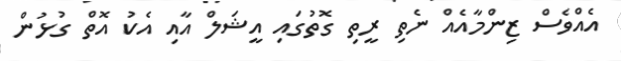
އެއްވެސް ޒިންމާއެއް ނެތި ރީތި ގޮތުގައި އީޝަލް އާއި އެކު އޮތް ގުޅުން